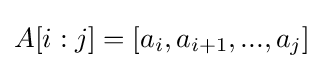
A[i:j]=[a_{i},a_{i+1},...,a_{j}]